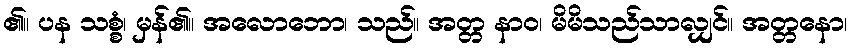
၏။ ပန သစ္စံ၊ မှန်၏။ အလောဘော၊ သည်။ အတ္တ နာဝ၊ မိမိသည်သာလျှင်။ အတ္တနော၊